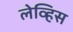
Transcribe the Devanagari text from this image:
लेव्हिस